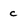
Character: c